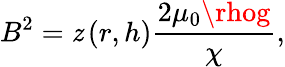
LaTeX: B^{2}=\mathit{z}\left(r,h\right)\frac{{2\mu_{0}\rhog}}{{\chi}},